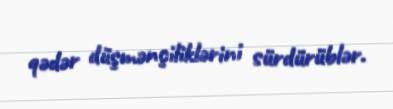
qədər düşmənçiliklərini sürdürüblər.